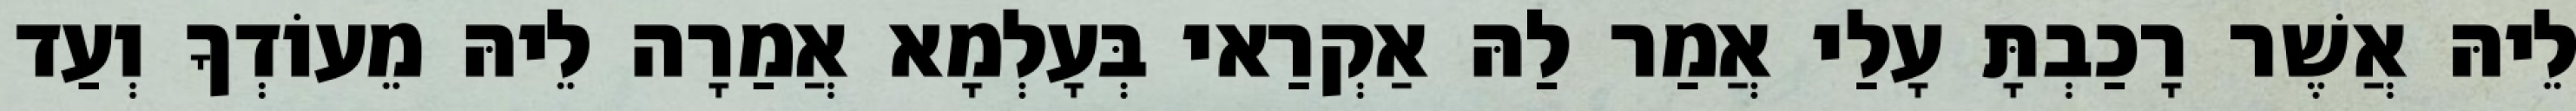
לֵיהּ אֲשֶׁר רָכַבְתָּ עָלַי אֲמַר לַהּ אַקְרַאי בְּעָלְמָא אֲמַרָה לֵיהּ מֵעוֹדְךָ וְעַד